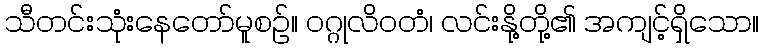
သီတင်းသုံးနေတော်မူစဉ်။ ဝဂ္ဂုလိဝတံ၊ လင်းနို့တို့၏ အကျင့်ရှိသော။